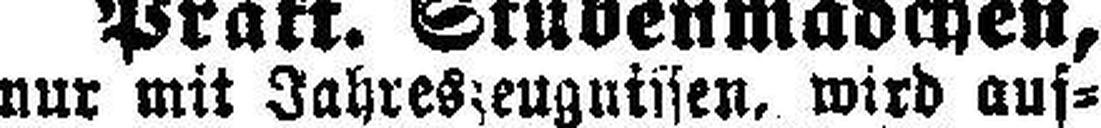
nur mit Jahreszeugnissen, wird auf¬